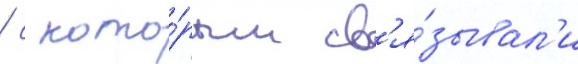
/ с кото́рым св'я́зывал'и